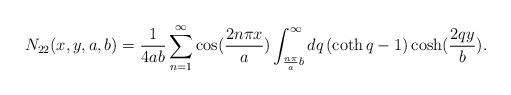
LaTeX: \begin{align*}N_{22}(x,y,a,b)=\frac{1}{4ab}\sum_{n=1}^{\infty }\cos (\frac{2n\pi x}{a})\int_{\frac{n\pi }{a}b}^{\infty }dq\left( \coth q-1\right) \cosh (\frac{2qy}{b}).\end{align*}